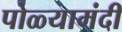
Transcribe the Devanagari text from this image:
पोळ्यामंदी